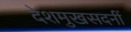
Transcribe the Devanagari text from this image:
देशमुखसदनीं